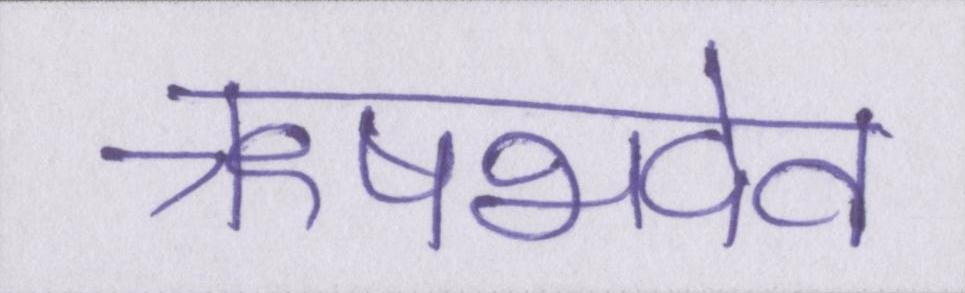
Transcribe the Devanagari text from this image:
ऋषभदेव